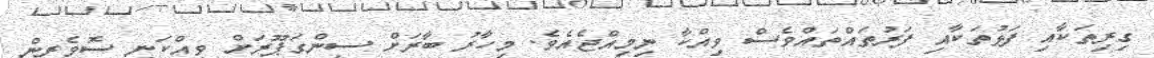
ގިރިތަކާއި ފަޅުތަކާއި ފަރުތައްތައްވެސް ވިއްކާ ނިމިއްޖެއެވެ. މިހާރު ބާރަށް ސިންގަޕޫރަށް ވިއްކަނީ ސޮވެރީން